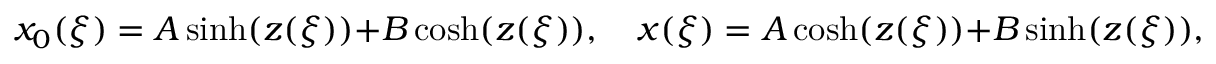
x _ { 0 } ( \xi ) = A \sinh ( z ( \xi ) ) + B \cosh ( z ( \xi ) ) , \quad x ( \xi ) = A \cosh ( z ( \xi ) ) + B \sinh ( z ( \xi ) ) ,